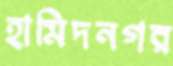
হামিদনগর